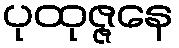
ပုထုဇ္ဇနေ